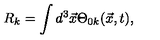
R _ { k } = \int d ^ { 3 } \vec { x } \Theta _ { 0 k } ( \vec { x } , t ) ,